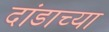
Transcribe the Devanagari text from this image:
दांडाच्या